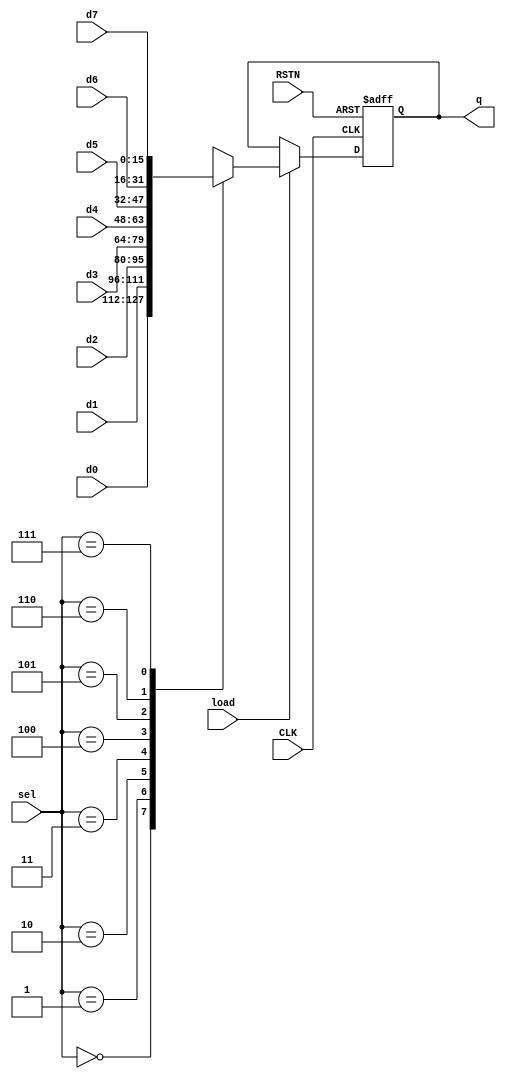
module muxreg16 (
  output reg [15:0] q,
  input [15:0] d0,
  input [15:0] d1,
  input [15:0] d2,
  input [15:0] d3,
  input [15:0] d4,
  input [15:0] d5,
  input [15:0] d6,
  input [15:0] d7,
  input load,
  input [2:0] sel,
  input CLK,
  input RSTN
  );
  always @(posedge CLK or negedge RSTN)
  begin
    if (!RSTN) begin
      q <= 0;
    end
    else if (load) begin
      case (sel)
      3'b000 : q <= d0;
      3'b001 : q <= d1;
      3'b010 : q <= d2;
      3'b011 : q <= d3;
      3'b100 : q <= d4;
      3'b101 : q <= d5;
      3'b110 : q <= d6;
      3'b111 : q <= d7;
      endcase
    end		
  end
endmodule